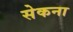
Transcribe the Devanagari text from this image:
सेकना